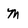
Character: m